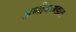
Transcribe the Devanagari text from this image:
अणीमाण्डव्य